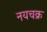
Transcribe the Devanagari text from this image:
नयचक्र